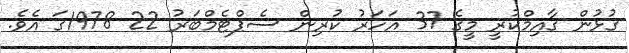
ގުޅުން ގާއިމްކުރީ މީގެ 37 އަހަރު ކުރިން ސެޕްޓެމްބަރު 22 1978ގަ އެވެ.